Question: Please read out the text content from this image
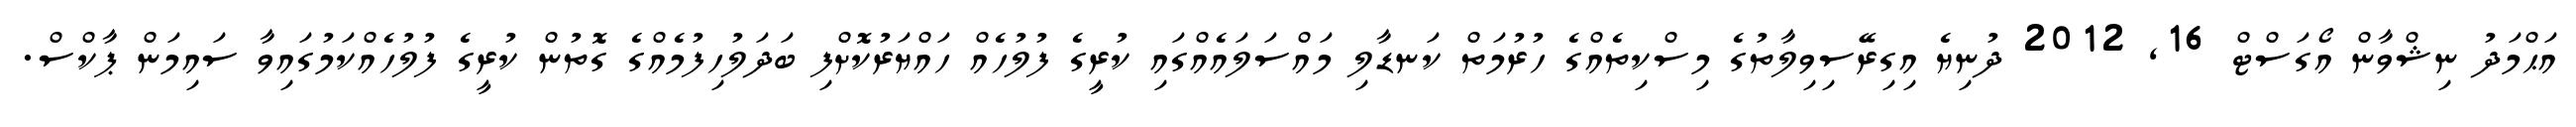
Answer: އަޙްމަދު ނިޝްވާން އޯގަސްޓް 16, 2012 ދުނިޔެ އިގިރޭސިވިލާތުގެ މިސްކިތެއްގެ ހުރުމަތް ކަނޑާލި މައްސަލައެއްގައި ކުރީގެ ފުލުހެއް ހައްޔަރުކޮށްފި ބަދަލުހިފުމެއްގެ ގޮތުން ކުރީގެ ފުލުހެއްކަމުގައިވާ ސައިމަން ޕާކްސް.